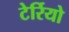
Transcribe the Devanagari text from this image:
टेर्रियो